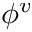
\phi ^ { v }